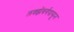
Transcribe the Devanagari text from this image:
लक्झेंबर्गपासून